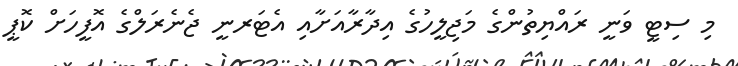
މި ސިޓީ ވަނީ ރައްޔިތުންގެ މަޖިލީހުގެ އިދާރާއަށާއި އެޓަރނީ ޖެނެރަލްގެ އޮފީހަށް ކޮޕީ